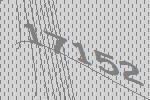
17152